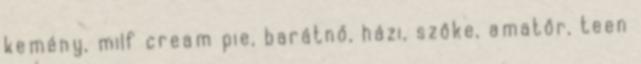
kemény, milf cream pie, barátnő, házi, szőke, amatőr, teen